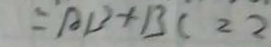
= A B + B C = 2